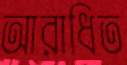
আরাধিত